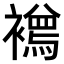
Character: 𧞌